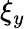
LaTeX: \xi_{y}